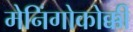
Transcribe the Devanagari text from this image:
मेनिंगोकोक्की